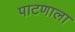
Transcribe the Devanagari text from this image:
पाटणाला